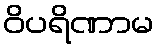
ဝိပရိဏာမ